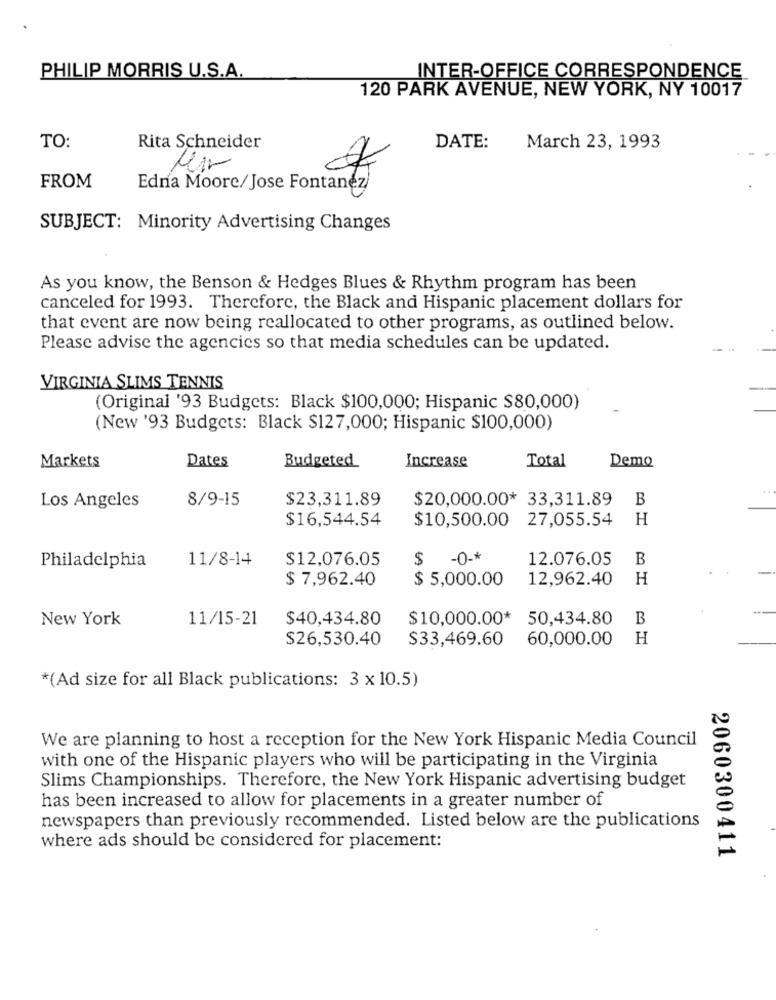
PHILIP MORRIS U.S.A.
INTER-OFFICE CORRESPONDENCE
120 PARK AVENUE, NEW YORK, NY 10017
TO:
Rita Schneider
DATE:
March 23, 1993
FROM
Edna Moore/Jose Fontanez
tanto
SUBJECT: Minority Advertising Changes
As you know, the Benson & Hedges Blues & Rhythm program has been
canceled for 1993. Therefore, the Black and Hispanic placement dollars for
that event are now being reallocated to other programs, as outlined below.
Please advise the agencies so that media schedules can be updated.
VIRGINIA SLIMS TENNIS
(Original '93 Budgets: Black $100,000; Hispanic $80,000)
(New '93 Budgets: Black $127,000; Hispanic $100,000)
Dates
Budgeted
Increase
Total
Demo
Markets
8/9-15
$23,311.89
$20,000.00* 33,311.89
B
Los Angeles
$16,544.54
$10,500.00 27,055.54
H
11/8-14
$12,076.05
$ -0 -*
12.076.05
B
Philadelphia
$ 7,962.40
$ 5,000.00
12,962.40
H
New York
11/15-21
$40,434.80
$10,000.00* 50,434.80
B
$26,530.40
$33,469.60
60,000.00
H
*(Ad size for all Black publications: 3 x10.5)
We are planning to host a reception for the New York Hispanic Media Council
with one of the Hispanic players who will be participating in the Virginia
Slims Championships. Therefore, the New York Hispanic advertising budget
has been increased to allow for placements in a greater number of
newspapers than previously recommended. Listed below are the publications
where ads should be considered for placement:
2060300411